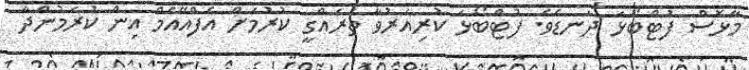
މާޅޮސް ފުޓްބޯޅަ ދަނޑެވެ. ފުޓްބޯޅަ ކުރިއަރުވާ ތަރައްގީ ކުރުމަށް އެފްއޭއެމް އިން ކުރަމުންދާ